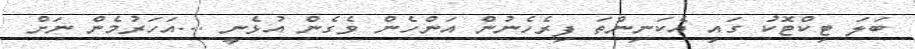
ބަލަ ޓިކްޓޮކު ގައި އެކަނިންތަ ފިރެހެނުން އަންހެން ވެގެން އުޅެެނީ ...އަހަރުމެން ނަށް